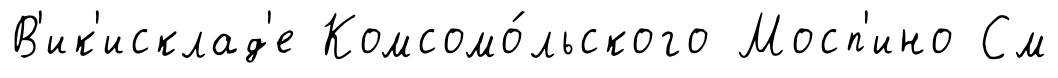
В'ик'исклад'е Комсомо́льского Мосп'ино См